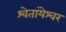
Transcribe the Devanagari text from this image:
श्वेतांयेश्वर